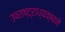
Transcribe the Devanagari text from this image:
उपराष्ट्राध्यक्षाने